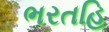
ભરતહિ